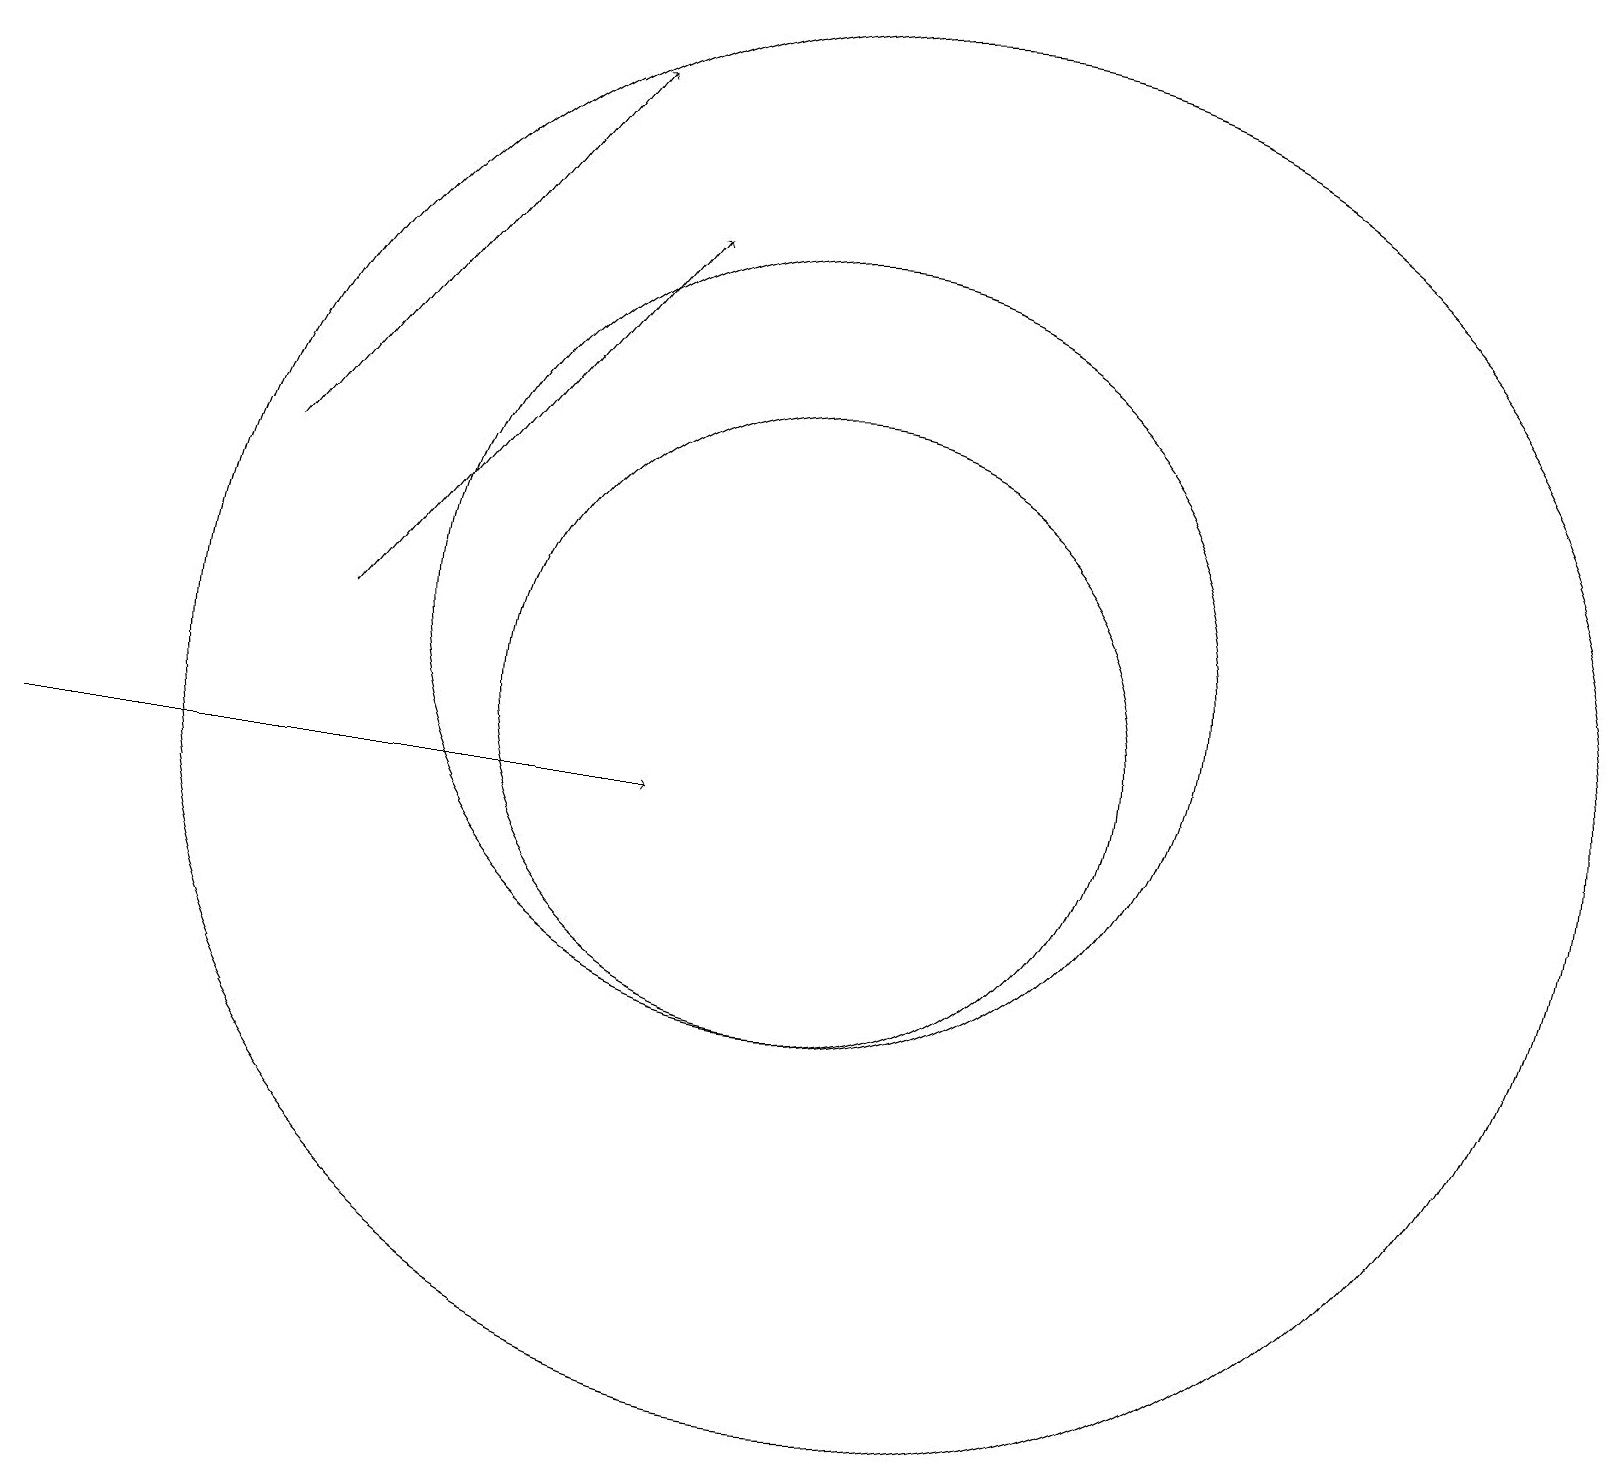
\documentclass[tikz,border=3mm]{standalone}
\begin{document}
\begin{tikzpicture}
\draw (10,11) circle (4);
\draw (11,11) circle (9);
\draw[->] (3,14) -- (7,19);
\draw[->] (4,12) -- (8,17);
\draw[->] (0,10) -- (8,10);
\draw (10,12) circle (5);
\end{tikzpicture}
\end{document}